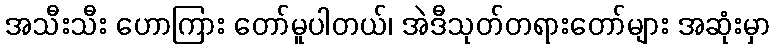
အသီးသီး ဟောကြား တော်မူပါတယ်၊ အဲဒီသုတ်တရားတော်များ အဆုံးမှာ